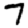
Digit: 7